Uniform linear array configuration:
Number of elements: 64
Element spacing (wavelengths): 0.5
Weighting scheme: exponential
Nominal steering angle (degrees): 60
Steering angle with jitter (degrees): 58.488
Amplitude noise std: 0.05
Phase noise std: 0.05

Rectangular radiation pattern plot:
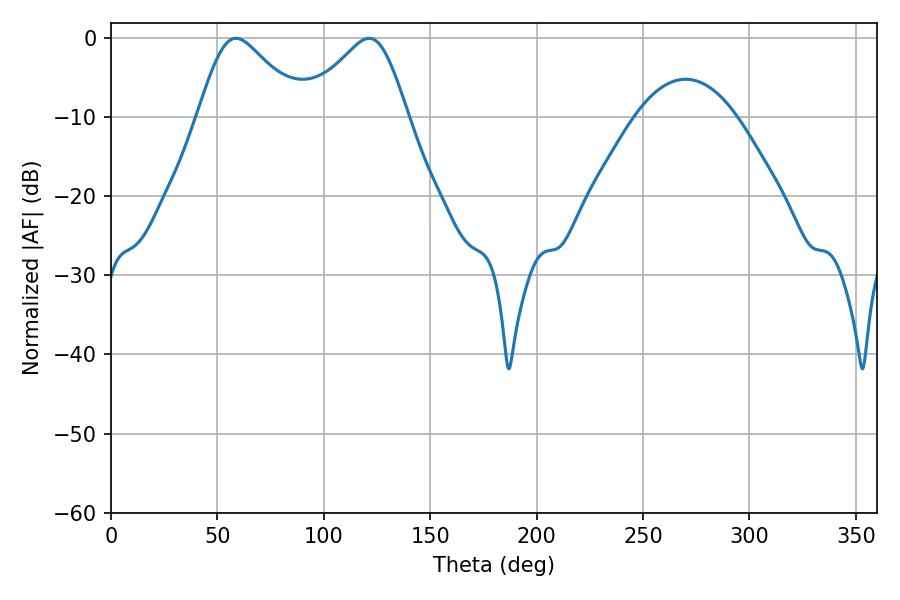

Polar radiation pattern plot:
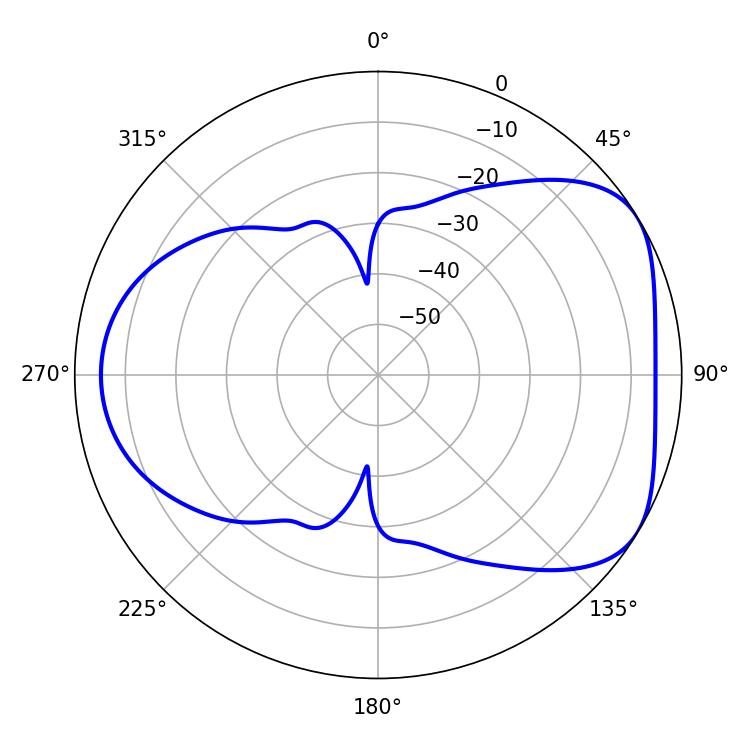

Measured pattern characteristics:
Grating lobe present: FALSE
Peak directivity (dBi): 4.914
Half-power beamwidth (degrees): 24.12
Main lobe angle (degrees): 58.68